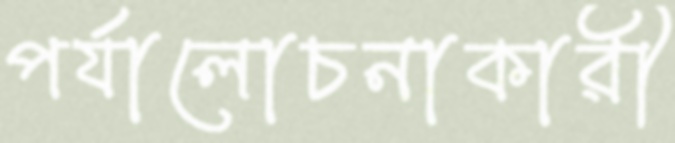
পর্যালোচনাকারী